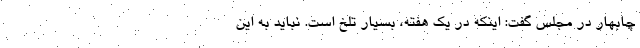
چابهار در مجلس گفت: اینکه در یک هفته، بسیار تلخ است. نباید به این